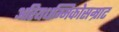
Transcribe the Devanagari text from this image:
अरियधम्मिकोसम्राट